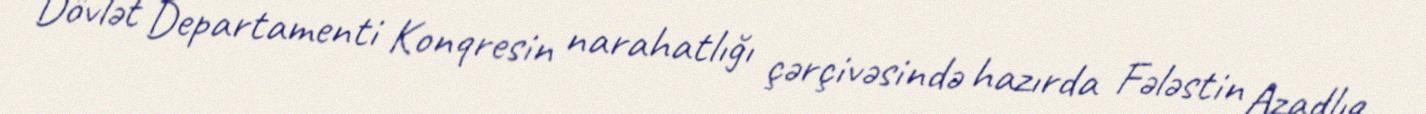
Dövlət Departamenti Konqresin narahatlığı çərçivəsində hazırda Fələstin Azadlıq